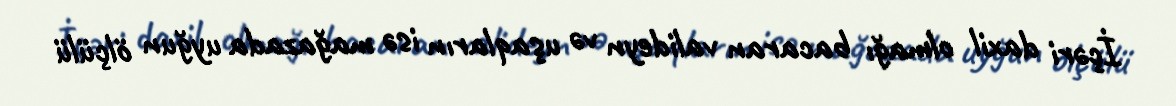
İçəri daxil olmağı bacaran valideyn və uşaqların isə mağazada uyğun ölçülü